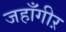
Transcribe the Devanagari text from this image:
जहाँगीऱ